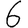
Digit: 6